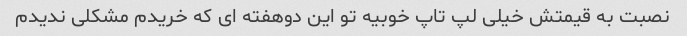
نصبت به قیمتش خیلی لپ تاپ خوبیه تو این دوهفته ای که خریدم مشکلی ندیدم